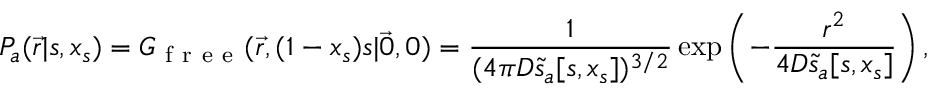
P _ { a } ( \vec { r } | s , x _ { s } ) = G _ { \mathrm { ~ f ~ r ~ e ~ e ~ } } ( \vec { r } , ( 1 - x _ { s } ) s | \vec { 0 } , 0 ) = \frac { 1 } { ( 4 \pi D \tilde { s } _ { a } [ s , x _ { s } ] ) ^ { 3 / 2 } } \exp \left( - \frac { r ^ { 2 } } { 4 D \tilde { s } _ { a } [ s , x _ { s } ] } \right) ,